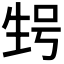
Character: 𰢬